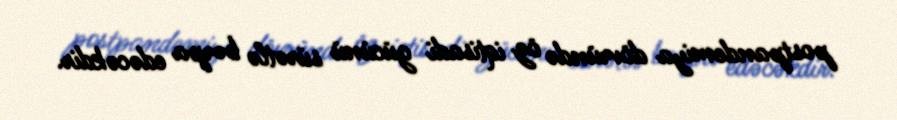
postpandemiya dövründə öz iqtisadi gücünü sürətlə bərpa edəcəkdir.